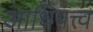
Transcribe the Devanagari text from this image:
आधिपत्त्व